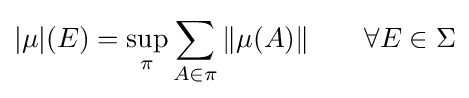
|\mu |(E)=\sup _{\pi }\sum _{A\in \pi }\|\mu (A)\|\qquad \forall E\in \Sigma